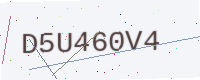
Text: D5U460V4